Leprosy in India: report of the Leprosy Commission in India, 1890-91
Year: 1890
Disease focus: Leprosy
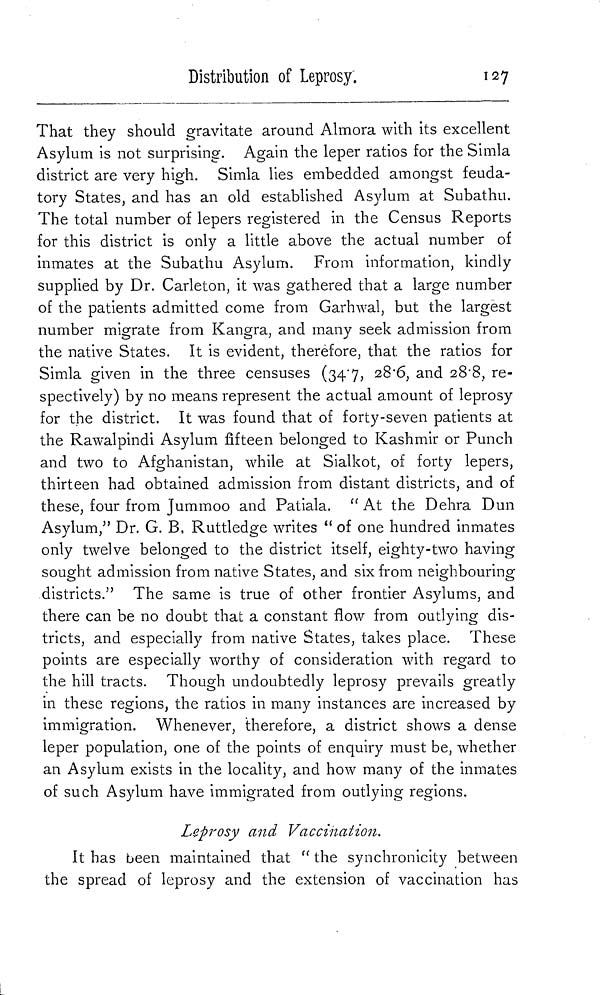
Distribution of Leprosy.
127
That they should gravitate around Almora with its excellent
Asylum is not surprising. Again the leper ratios for the Simla
district are very high. Simla lies embedded amongst feuda-
tory States, and has an old established Asylum at Subathu.
The total number of lepers registered in the Census Reports
for this district is only a little above the actual number of
inmates at the Subathu Asylum. From information, kindly
supplied by Dr. Carleton, it was gathered that a large number
of the patients admitted come from Garhwal, but the largest
number migrate from Kangra, and many seek admission from
the native States. It is evident, therefore, that the ratios for
Simla given in the three censuses (34.7, 28.6, and 28.8, re-
spectively) by no means represent the actual amount of leprosy
for the district. It was found that of forty-seven patients at
the Rawalpindi Asylum fifteen belonged to Kashmir or Punch
and two to Afghanistan, while at Sialkot, of forty lepers,
thirteen had obtained admission from distant districts, and of
these, four from Jummoo and Patiala. " At the Dehra Dun
Asylum," Dr. G. B, Ruttledge writes " of one hundred inmates
only twelve belonged to the district itself, eighty-two having
sought admission from native States, and six from neighbouring
districts." The same is true of other frontier Asylums, and
there can be no doubt that a constant flow from outlying dis-
tricts, and especially from native States, takes place. These
points are especially worthy of consideration with regard to
the hill tracts. Though undoubtedly leprosy prevails greatly
in these regions, the ratios in many instances are increased by
immigration. Whenever, therefore, a district shows a dense
leper population, one of the points of enquiry must be, whether
an Asylum exists in the locality, and how many of the inmates
of such Asylum have immigrated from outlying regions.
Leprosy and Vaccination.
It has been maintained that " the synchronicity between
the spread of leprosy and the extension of vaccination has